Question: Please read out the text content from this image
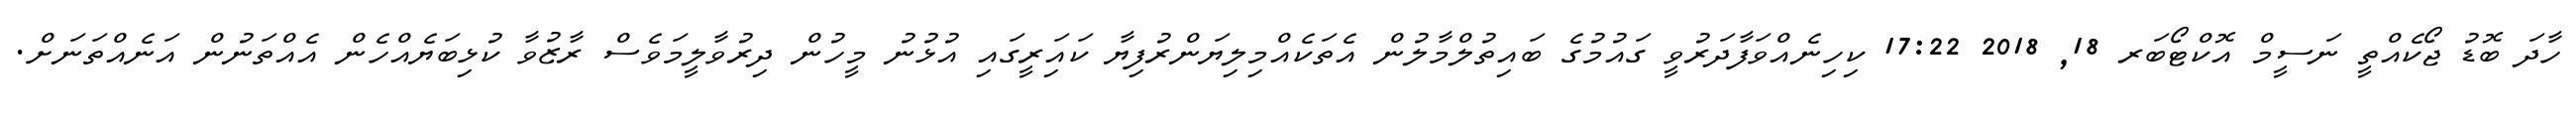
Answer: ހާދަ ބޮޑު ޖޯކެއްތީ ނަސީމް އޮކްޓޯބަރ 18, 2018 17:22 ކިހިނެއްވަފާދަރުވީ ގައުމުގެ ބައިތުލްމާލުން އެތަކެއްމިލިޔަންރުފިޔާ ކައަިރީގައި އުޅުނު މީހުން ދިރުވާލީމަވެސް ރާޒުވާ ކުޅިބަޔެއްހެން އެއްތަނުން އަނެއްތަނަށް.